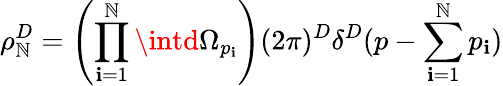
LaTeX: \rho_{\mathbb{N}}^{D}=\left(\prod_{\mathbf{i}=1}^{\mathbb{N}}\intd\Omega_{p_{\mathbf{i}}}\right)(2\pi)^{D}\delta^{D}(p-\sum_{\mathbf{i}=1}^{\mathbb{N}}p_{\mathbf{i}})